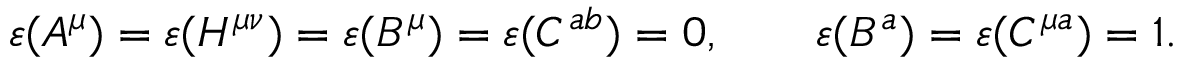
\varepsilon ( A ^ { \mu } ) = \varepsilon ( H ^ { \mu \nu } ) = \varepsilon ( B ^ { \mu } ) = \varepsilon ( C ^ { a b } ) = 0 , \qquad \varepsilon ( B ^ { a } ) = \varepsilon ( C ^ { \mu a } ) = 1 .